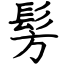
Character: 髣